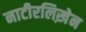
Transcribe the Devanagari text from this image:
नाटीरलिख़ेन